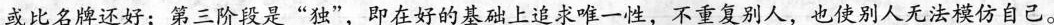
或比名牌还好；第三阶段是“独”，即在好的基础上追求一性，不重复别人，也使别人无法模仿自己。